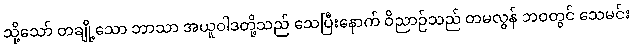
သို့သော် တချို့သော ဘာသာ အယူဝါဒတို့သည် သေပြီးနောက် ဝိညာဉ်သည် တမလွန် ဘဝတွင် သေမင်း